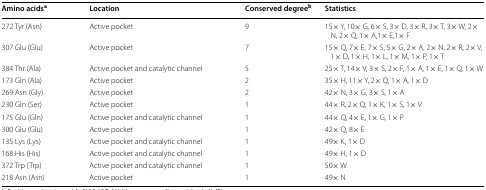
| Amino acidsa | Location | Conserved degreeb | Statistics |
 | --- | --- | --- | --- |
 | 272 Tyr (Asn) | Active pocket | 9 | 15× Y, 10× G, 6× S, 3× D, 3× R, 3× T, 3× W, 2× N, 2× Q, 1× A,1× E,1× F |
 | 307 Glu (Glu) | Active pocket | 7 | 15× Q, 7× E, 7× S, 5× G, 2× A, 2× N, 2× R, 2× V, 1× D, 1× H, 1× L, 1× M, 1× P, 1× T |
 | 384 Thr (Ala) | Active pocket and catalytic channel | 5 | 25× T, 14× V, 3× S, 2× F, 1× A, 1× E, 1× Q, 1× W |
 | 173 Gln (Ala) | Active pocket | 2 | 35× H, 11× Y, 2× Q, 1× A, 1× D |
 | 269 Asn (Gly) | Active pocket | 2 | 42× N, 3× G, 3× S, 1× A |
 | 230 Gln (Ser) | Active pocket | 1 | 44× R, 2× Q, 1× K, 1× S, 1× V |
 | 175 Glu (Gln) | Active pocket and catalytic channel | 1 | 44× Q, 4× E, 1× G, 1× P |
 | 300 Glu (Glu) | Active pocket | 1 | 42× Q, 8× E |
 | 135 Lys (Lys) | Active pocket and catalytic channel | 1 | 49× K, 1× D |
 | 168 His (His) | Active pocket and catalytic channel | 1 | 49× H, 1× D |
 | 372 Trp (Trp) | Active pocket and catalytic channel | 1 | 50× W |
 | 218 Asn (Asn) | Active pocket | 1 | 49× N |